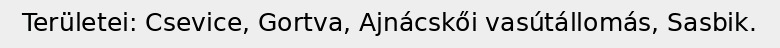
Területei: Csevice, Gortva, Ajnácskői vasútállomás, Sasbik.